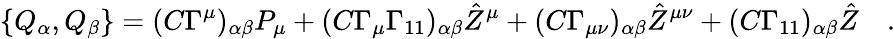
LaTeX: \{ Q_{\alpha},Q_{\beta}\} =(C\Gamma^{\mu})_{\alpha\beta}P_{\mu}+(C\Gamma_{\mu}\Gamma_{11})_{\alpha\beta}{\hat{Z}}^{\mu}+(C\Gamma_{\mu\nu})_{\alpha\beta}{\hat{Z}}^{\mu\nu}+(C\Gamma_{11})_{\alpha\beta}{\hat{Z}}\quad.